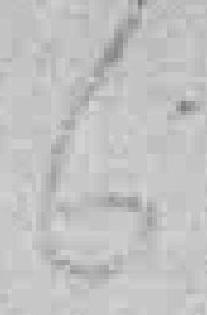
6